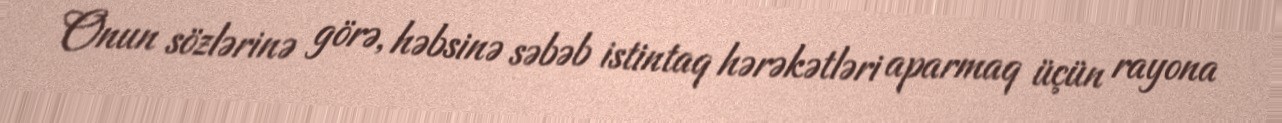
Onun sözlərinə görə, həbsinə səbəb istintaq hərəkətləri aparmaq üçün rayona